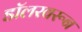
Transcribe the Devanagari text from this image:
डॉलरवरून